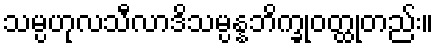
သမ္ပဟုလသီလာဒိသမ္ပန္နဘိက္ခုဝတ္ထုတည်း။